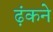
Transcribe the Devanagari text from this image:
ढ़ंकने